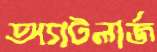
অ্যাটলার্জ